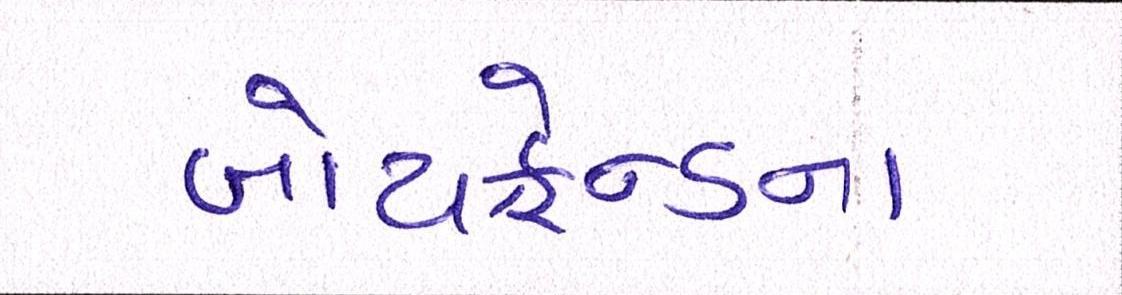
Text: બોયફ્રેન્ડના